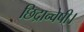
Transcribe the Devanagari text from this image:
छिद्रान्वेषी।